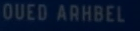
OUEDARHBEL